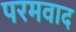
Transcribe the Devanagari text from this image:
परमवाद